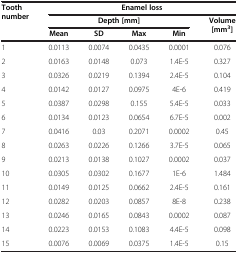
<table><thead><tr><td rowspan="3"><b>Tooth number</b></td><td colspan="5"><b>Enamel loss</b></td></tr><tr><td colspan="4"><b>Depth [mm]</b></td><td rowspan="2"><b>Volume [mm<sup>3</sup>]</b></td></tr><tr><td><b>Mean</b></td><td><b>SD</b></td><td><b>Max</b></td><td><b>Min</b></td></tr></thead><tbody><tr><td>1</td><td>0.0113</td><td>0.0074</td><td>0.0435</td><td>0.0001</td><td>0.076</td></tr><tr><td>2</td><td>0.0163</td><td>0.0148</td><td>0.073</td><td>1.4E-5</td><td>0.327</td></tr><tr><td>3</td><td>0.0326</td><td>0.0219</td><td>0.1394</td><td>2.4E-5</td><td>0.104</td></tr><tr><td>4</td><td>0.0142</td><td>0.0127</td><td>0.0975</td><td>4E-6</td><td>0.419</td></tr><tr><td>5</td><td>0.0387</td><td>0.0298</td><td>0.155</td><td>5.4E-5</td><td>0.033</td></tr><tr><td>6</td><td>0.0134</td><td>0.0123</td><td>0.0654</td><td>6.7E-5</td><td>0.002</td></tr><tr><td>7</td><td>0.0416</td><td>0.03</td><td>0.2071</td><td>0.0002</td><td>0.45</td></tr><tr><td>8</td><td>0.0263</td><td>0.0226</td><td>0.1266</td><td>3.7E-5</td><td>0.065</td></tr><tr><td>9</td><td>0.0213</td><td>0.0138</td><td>0.1027</td><td>0.0002</td><td>0.037</td></tr><tr><td>10</td><td>0.0305</td><td>0.0302</td><td>0.1677</td><td>1E-6</td><td>1.484</td></tr><tr><td>11</td><td>0.0149</td><td>0.0125</td><td>0.0662</td><td>2.4E-5</td><td>0.161</td></tr><tr><td>12</td><td>0.0282</td><td>0.0203</td><td>0.0857</td><td>8E-8</td><td>0.238</td></tr><tr><td>13</td><td>0.0246</td><td>0.0165</td><td>0.0843</td><td>0.0002</td><td>0.087</td></tr><tr><td>14</td><td>0.0223</td><td>0.0153</td><td>0.1083</td><td>4.4E-5</td><td>0.098</td></tr><tr><td>15</td><td>0.0076</td><td>0.0069</td><td>0.0375</td><td>1.4E-5</td><td>0.15</td></tr></tbody></table>